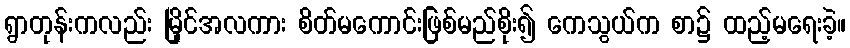
ရွာတုန်းကလည်း မြိုင်အလကား စိတ်မကောင်းဖြစ်မည်စိုး၍ ကေသွယ်က စာ၌ ထည့်မရေးခဲ့။